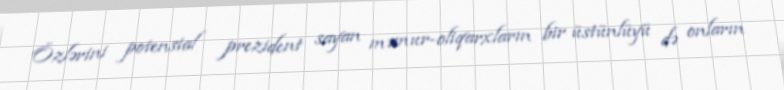
Özlərini potensial prezident sayan məmur-oliqarxların bir üstünlüyü də onların